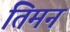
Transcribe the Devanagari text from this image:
तिमन